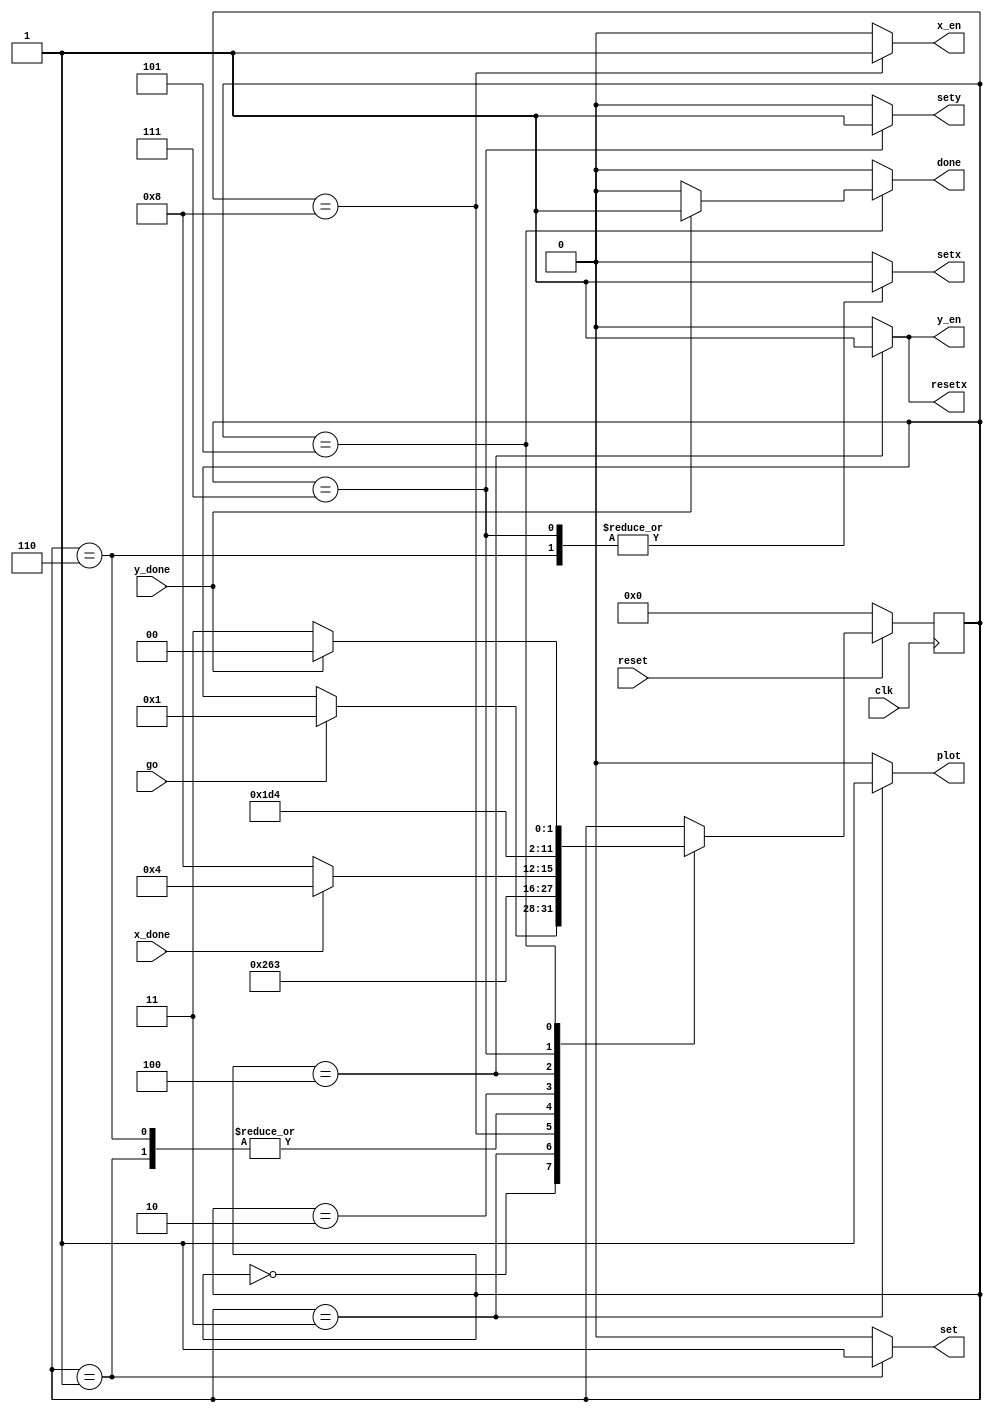
module boxdrawer_ctrl(clk, reset, go, x_done, y_done, set, x_en, y_en, resetx, plot, done, setx,sety);
input clk, go, x_done, y_done, reset;
output reg set, x_en, y_en, resetx, plot, done, setx,sety;

reg [3:0] currentstate, nextstate;

localparam [3:0]
	WAIT = 4'd0,
	LOAD = 4'd1,
	CHECKX = 4'd2,
	DRAW = 4'd3,
	ADDY = 4'd4,
	CHECKY = 4'd5,
	SETX = 4'd6,
	SETY= 4'd7,
	ADDX = 4'd8;

always@(posedge clk) begin 
	if (!reset) currentstate<= WAIT;
	else currentstate<=nextstate;
end

always@(*) begin
	set= 1'b0; 
	x_en=1'b0; 
	y_en=1'b0; 
	resetx=1'b0; 
	plot=1'b0;
	done = 1'b0;
	setx = 1'b0;
	sety= 1'b0;
	nextstate = currentstate;
	case(currentstate) 
		WAIT: if (go) nextstate = LOAD;
		LOAD: begin 
			set = 1'b1;
			nextstate = DRAW;
		end
		DRAW: begin 
			plot = 1'b1;
			nextstate = CHECKX;
		end
		ADDX: begin
			x_en = 1'b1;
			nextstate = SETX;
		end
		SETX: begin 
			setx= 1'b1;
			nextstate = DRAW;
		end
		CHECKX: begin 
			if (x_done) nextstate = ADDY;
			else nextstate = ADDX;
		end
		ADDY: begin 
			y_en = 1'b1;
			resetx= 1'b1;
			nextstate = SETY;
		end
		SETY: begin 
			setx= 1'b1;
			sety= 1'b1;
			nextstate= CHECKY;
		end
		CHECKY: begin 
			if(y_done) begin
				done = 1'b1;
				nextstate = WAIT;
			end
			else nextstate = DRAW;
		end
	endcase
end

endmodule